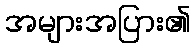
အများအပြား၏